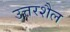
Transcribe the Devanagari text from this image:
उत्तरशैल